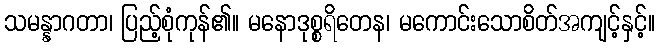
သမန္နာဂတာ၊ ပြည့်စုံကုန်၏။ မနောဒုစ္စရိတေန၊ မကောင်းသောစိတ်အကျင့်နှင့်။